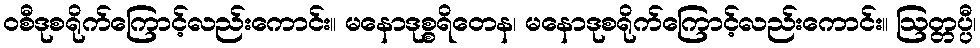
ဝစီဒုစရိုက်ကြောင့်လည်းကောင်း။ မနောဒုစ္စရိတေန၊ မနောဒုစရိုက်ကြောင့်လည်းကောင်း။ ဩတ္တပ္ပီ၊